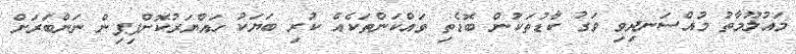
މައުލޫމާތު މުއްސަނދިވި ވަގު ކާޑުތަކުން ބޮޑެތި ވައްކަންތަކެއް ކުރި ބަޔަކު ހައްޔަރުކޮށްފިޕިން ނަންބަރަށް